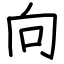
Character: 向